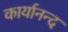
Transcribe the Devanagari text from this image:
कार्यानन्द